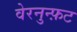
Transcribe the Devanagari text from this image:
वेरनुन्फ़ट